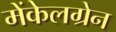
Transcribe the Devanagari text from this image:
मेंकेलग्रेन